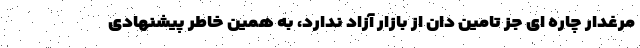
مرغدار چاره ای جز تامین دان از بازار آزاد ندارد، به همین خاطر پیشنهادی